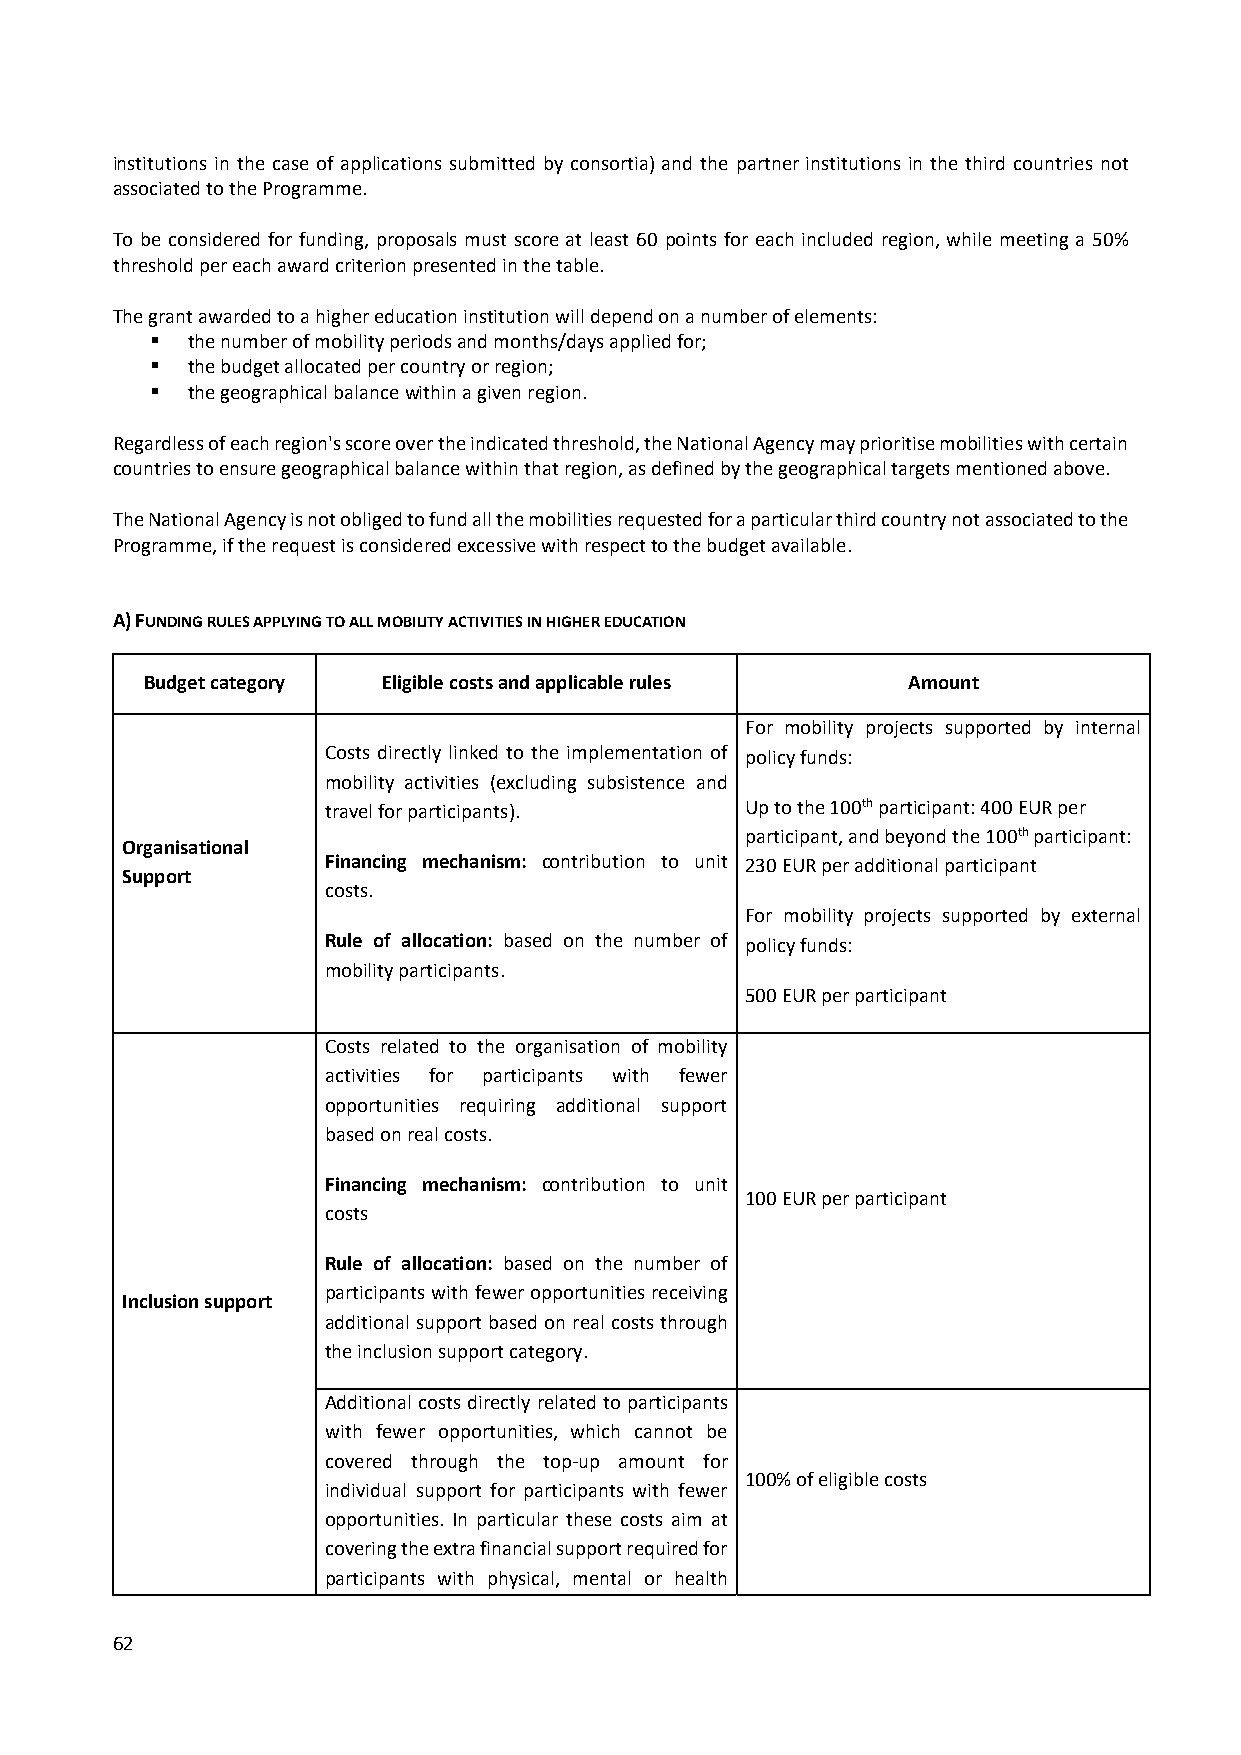
institutions in the case of applications submitted by consortia) and the partner institutions in the third countries not
 associated to the Programme.
 To be considered for funding, proposals must score at least 60 points for each included region, while meeting a 50%
 threshold per each award criterion presented in the table.
 The grant awarded to a higher education institution will depend on a number of elements:
  the number of mobility periods and months/days applied for;
  the budget allocated per country or region;
  the geographical balance within a given region.
 Regardless of each region's score over the indicated threshold, the National Agency may prioritise mobilities with certain
 countries to ensure geographical balance within that region, as defined by the geographical targets mentioned above.
 The National Agency is not obliged to fund all the mobilities requested for a particular third country not associated to the
 Programme, if the request is considered excessive with respect to the budget available.
 A) FUNDING RULES APPLYING TO ALL MOBILITY ACTIVITIES IN HIGHER EDUCATION
 Budget category Eligible costs and applicable rules Amount
 For mobility projects supported by internal
 Costs directly linked to the implementation of policy funds:
 mobility activities (excluding subsistence and
 travel for participants).  Up to the 100th participant: 400 EUR per
 participant, and beyond the 100th participant:
 Organisational
 Financing mechanism: contribution to unit 230 EUR per additional participant
 Support
 costs.
 For mobility projects supported by external
 Rule of allocation: based on the number of policy funds:
 mobility participants.
 500 EUR per participant
 Costs related to the organisation of mobility
 activities for participants with fewer
 opportunities requiring additional support
 based on real costs.
 Financing mechanism: contribution to unit
 100 EUR per participant
 costs
 Rule of allocation: based on the number of
 participants with fewer opportunities receiving
 Inclusion support
 additional support based on real costs through
 the inclusion support category.
 Additional costs directly related to participants
 with fewer opportunities, which cannot be
 covered through the top‐up amount for
 100% of eligible costs
 individual support for participants with fewer
 opportunities. In particular these costs aim at
 covering the extra financial support required for
 participants with physical, mental or health
 62